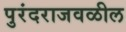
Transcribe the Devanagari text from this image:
पुरंदराजवळील